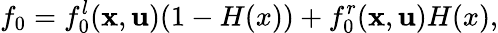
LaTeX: f_{0}=f_{0}^{l}(\textbf{x},\textbf{u})(1-H(x))+f_{0}^{r}(\textbf{x},\textbf{u})H(x),